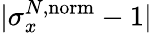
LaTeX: |\sigma_{x}^{N,\mathrm{norm}}-1|